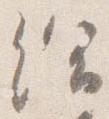
給